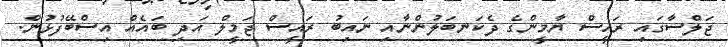
ޖަލްސާގައި ރައީސް ޔާމީންގެ ދެކަނބަލުންނާއި ނައިބު ރައީސް ޖަމީލް އަދި ބައެއް އިސްބޭފުޅުން.